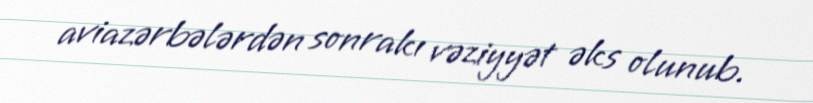
aviazərbələrdən sonrakı vəziyyət əks olunub.